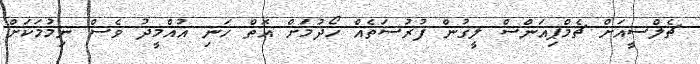
ޗެލްސީއަށް ޗެމްޕިއަންސް ލީގުން ފުރުސަތެއް ހޯދުމަށް އޮތް ހަނި އުއްމީދު ވެސް ނިމުމަކަށް